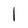
Character: l